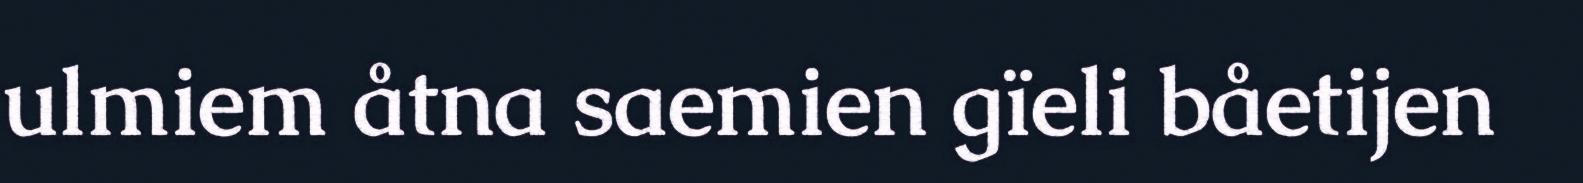
ulmiem åtna saemien gïeli båetijen